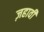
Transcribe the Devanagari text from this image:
ज़हावी